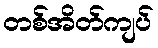
တစ်အိတ်ကျပ်